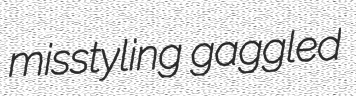
misstyling gaggled